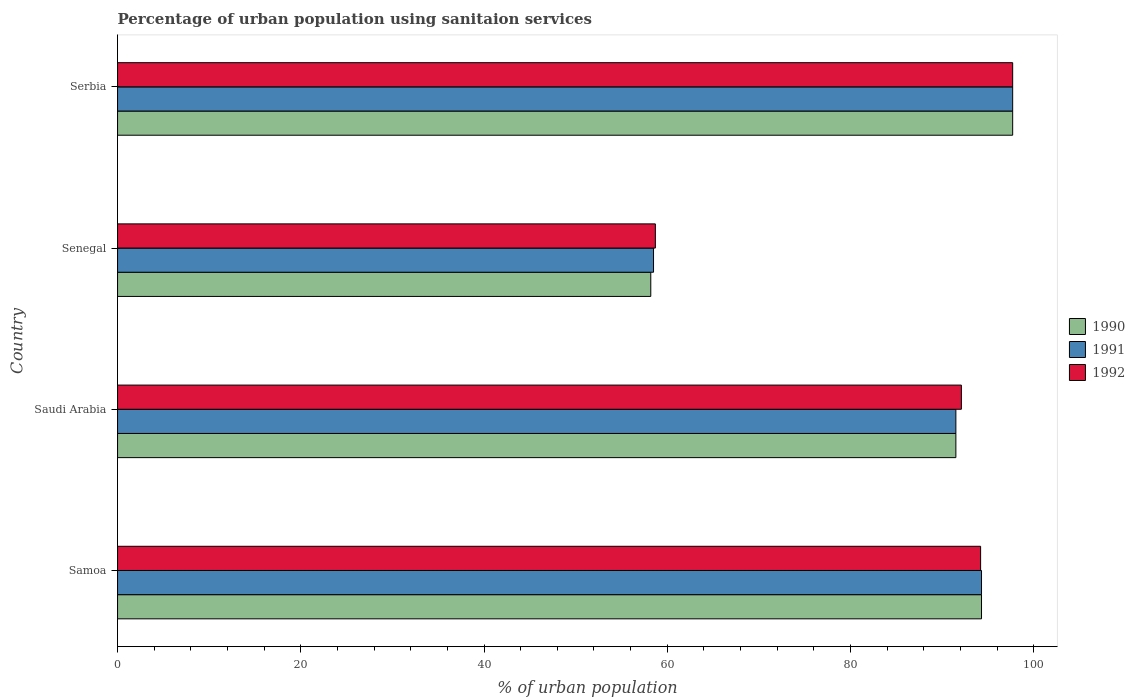
| Country | 1990 | 1991 | 1992 |
 | --- | --- | --- | --- |
 | Samoa | 94.3 | 94.3 | 94.2 |
 | Saudi Arabia | 91.5 | 91.5 | 92.1 |
 | Senegal | 58.2 | 58.5 | 58.7 |
 | Serbia | 97.7 | 97.7 | 97.7 |